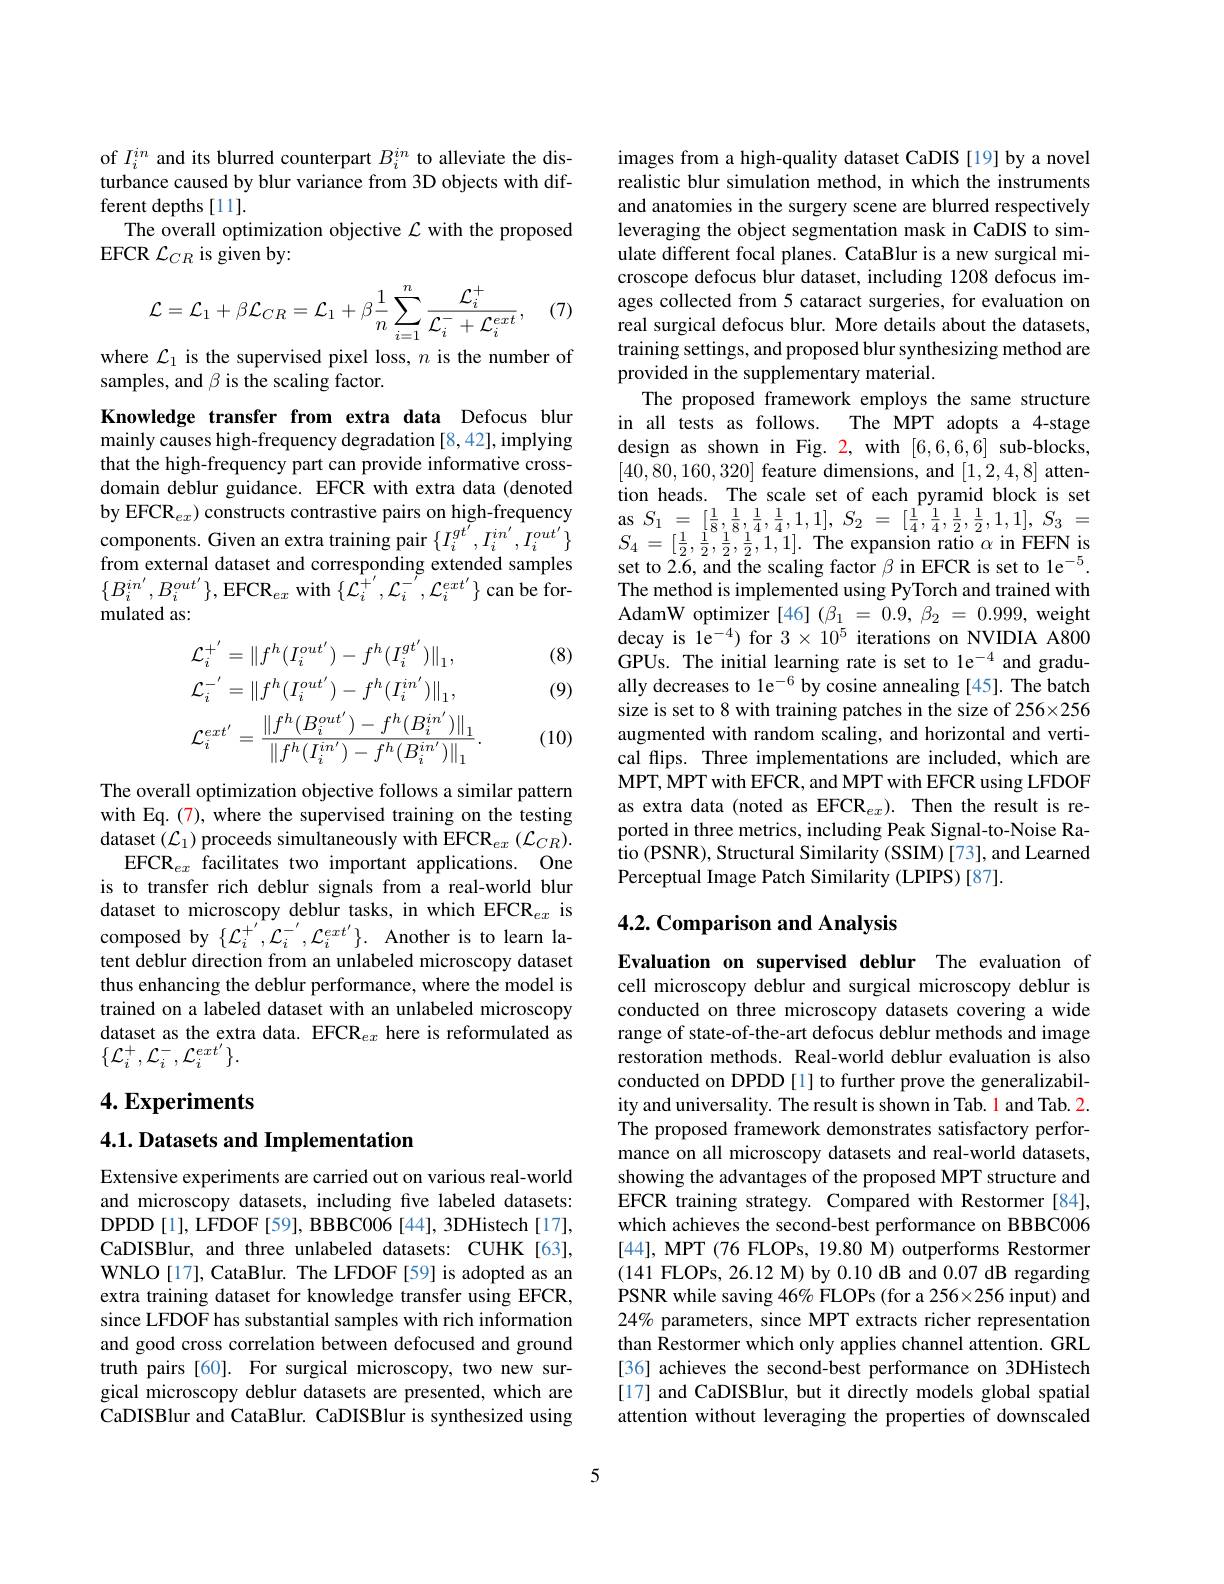
of $I_i^{in}$ and its blurred counterpart $B_i^{in}$ to alleviate the disturbance caused by blur variance from 3D objects with different depths [11].
The overall optimization objective $\mathcal{L}$ with the proposed
EFCR $\mathcal{L}_{CR}$ is given by:
$$\mathcal{L}=\mathcal{L}_{1}+\beta\mathcal{L}_{CR}=\mathcal{L}_{1}+\beta\frac{1}{n}\sum_{i=1}^{n}\frac{\mathcal{L}_{i}^{+}}{\mathcal{L}_{i}^{-}+\mathcal{L}_{i}^{ext}},$$
(7)

where $\mathcal{L}_1$ is the supervised pixel loss, $n$ is the number of
samples, and $\beta$ is the scaling factor.

Knowledge transfer from extra data Defocus blur mainly causes high-frequency degradation [8,42], implying that the high-frequency part can provide informative crossdomain deblur guidance. EFCR with extra data (denoted by EFCR$_ex)$ constructs contrastive pairs on high-frequency components. Given an extra training pair $\{I_i^{gt^{\prime}},I_i^{in^{\prime}},I_i^{out^{\prime}}\}$ from external dataset and corresponding extended samples $\{B_{i}^{in^{\prime}},B_{i}^{out^{\prime}}\}$,EFCR$_ex$ with$\left\{\mathcal{L}_{i}^{+^{\prime}},\mathcal{L}_{i}^{-^{\prime}},\mathcal{L}_{i}^{ext^{\prime}}\right\}$can be formulated as:

(8)

(9)
$$\mathcal{L}_{i}^{+^{\prime}}=\|f^{h}(I_{i}^{out^{\prime}})-f^{h}(I_{i}^{gt^{\prime}})\|_{1},\\\mathcal{L}_{i}^{-^{\prime}}=\|f^{h}(I_{i}^{out^{\prime}})-f^{h}(I_{i}^{in^{\prime}})\|_{1},\\\mathcal{L}_{i}^{ext^{\prime}}=\frac{\|f^{h}(B_{i}^{out^{\prime}})-f^{h}(B_{i}^{in^{\prime}})\|_{1}}{\|f^{h}(I_{i}^{in^{\prime}})-f^{h}(B_{i}^{in^{\prime}})\|_{1}}.$$
(10)

The overall optimization objective follows a similar pattern with Eq. (7), where the supervised training on the testing dataset $(\mathcal{L}_1)$ proceeds simultaneously with EFCR$_ex\left(\mathcal{L}_{CR}\right).$
EFCR$_ex$ facilitates two important applications. One is to transfer rich deblur signals from a real-world blur dataset to microscopy deblur tasks, in which EFCR$_ex$ is composed by $\{\mathcal{L}_{i}^{+^{\prime}},\mathcal{L}_{i}^{-^{\prime}},\mathcal{L}_{i}^{ext^{\prime}}\}.$ Another is to learn latent deblur direction from an unlabeled microscopy dataset thus enhancing the deblur performance, where the model is trained on a labeled dataset with an unlabeled microscopy dataset as the extra data. EFCR$_ex$ here is reformulated as $\{{\mathcal{L}}_i^+,{\mathcal{L}}_i^-,{\mathcal{L}}_i^{ext^{\prime}}\}.$

## $4. \textbf{Experiments}$

4.1. Datasets and Implementation

Extensive experiments are carried out on various real-world and microscopy datasets, including five labeled datasets: DPDD [ 1] , LFDOF [ 59] , BBBC006 [ 44] , 3DHistech [ 17] , CaDISBlur, and three unlabeled datasets: CUHK[63], WNLO [17], CataBlur. The LFDOF [59] is adopted as an extra training dataset for knowledge transfer using EFCR, since LFDOF has substantial samples with rich information and good cross correlation between defocused and ground truth pairs [60]. For surgical microscopy, two new surgical microscopy deblur datasets are presented, which are $\tilde{\text{CaDISBlur and CataBlur. CaDISBlur is synthesized using}}$

images from a high-quality dataset CaDIS [19] by a novel realistic blur simulation method, in which the instruments and anatomies in the surgery scene are blurred respectively leveraging the object segmentation mask in CaDIS to simulate different focal planes. CataBlur is a new surgical microscope defocus blur dataset, including 1208 defocus images collected from 5 cataract surgeries, for evaluation on real surgical defocus blur. More details about the datasets, training settings, and proposed blur synthesizing method are provided in the supplementary material.
The proposed framework employs the same structure in all tests as follows. The MPT adopts a 4-stage design as shown in Fig. 2, with [6,6,6,6] sub-blocks, [40,80,160,320] feature dimensions, and [1,2,4,8] attention heads. The scale set of each pyramid block is set $\begin{array}{rcl}\mathrm{as~}S_{1}&=&[\frac{1}{8},\frac{1}{8},\frac{1}{4},\frac{1}{4},1,1],\:S_{2}&=&[\frac{1}{4},\frac{1}{4},\frac{1}{2},\frac{1}{2},1,1],\:S_{3}&=\\S_{4}&=&[\frac{1}{2},\frac{1}{2},\frac{1}{2},\frac{1}{2},1,1].\:\mathrm{The~expansion~ratio~}\alpha\mathrm{~in~FEFN~is}\end{array}$ set to 2.6, and the scaling factor $\beta$ in EFCR is set to le$^-5.$ The method is implemented using PyTorch and trained with AdamW optimizer [46] $( \beta _1$ = 0.9, $\beta _2$ = 0.999, weight decay is le$^-4)$ for $3\times10^5$ iterations on NVIDIA A800 GPUs. The initial learning rate is set to le$^-4$ and gradually decreases to le$^{-6}$ by cosine annealing [45]. The batch size is set to 8 with training patches in the size of 256×256 augmented with random scaling, and horizontal and vertical flips. Three implementations are included, which are MPT, MPT with EFCR, and MPT with EFCR using LFDOF as extra data (noted as EFCR$_ex) .$ Then the result is reported in three metrics, including Peak Signal-to-Noise Ratio (PSNR), Structural Similarity (SSIM) [73], and Learned Perceptual Image Patch Similarity (LPIPS) [87].

## 4.2. Comparison and Analysis

Evaluation on supervised deblur The evaluation of cell microscopy deblur and surgical microscopy deblur is conducted on three microscopy datasets covering a wide range of state-of-the-art defocus deblur methods and image restoration methods. Real-world deblur evaluation is also conducted on DPDD[1] to further prove the generalizability and universality. The result is shown in Tab. 1 and Tab. 2. The proposed framework demonstrates satisfactory performance on all microscopy datasets and real-world datasets, showing the advantages of the proposed MPT structure and EFCR training strategy. Compared with Restormer [84], which achieves the second-best performance on BBBC006 [44], MPT (76 FLOPs, 19.80 M) outperforms Restormer (141 FLOPs, 26.12 M) by 0.10 dB and 0.07 dB regarding PSNR while saving 46% FLOPs (for a 256×256 input) and 24% parameters, since MPT extracts richer representation than Restormer which only applies channel attention. GRL [36] achieves the second-best performance on 3DHistech [17] and CaDISBlur, but it directly models global spatial attention without leveraging the properties of downscaled

5